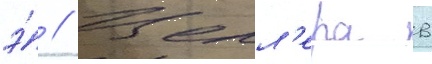
э́ // Целл'ера в